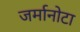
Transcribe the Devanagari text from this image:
जर्मानोटा